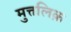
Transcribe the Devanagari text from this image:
मुत्तलिक़